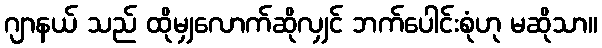
ဂျာနယ် သည် ထိုမျှလောက်ဆိုလျှင် ဘက်ပေါင်းစုံဟု မဆိုသာ။